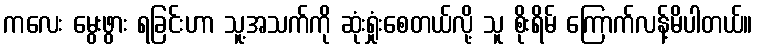
ကလေး မွေးဖွား ရခြင်းဟာ သူ့အသက်ကို ဆုံးရှုံးစေတယ်လို့ သူ စိုးရိမ် ကြောက်လန့်မိပါတယ်။